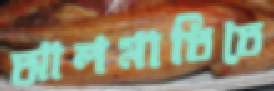
আলমাতিতে